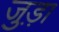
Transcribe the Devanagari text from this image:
जुड़़ा